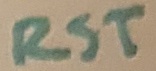
Text: RST